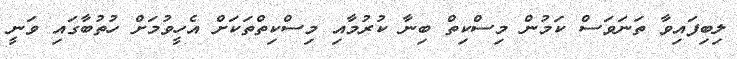
ލިބިފައިވާ ތަނަވަސް ކަމުން މިސްކިތް ބިނާ ކުރުމާއި މިސްކިތްތަކަށް އެހީވުމަށް ހުތުބާގައި ވަނީ